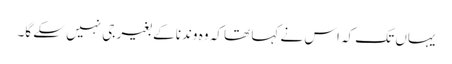
یہاں تک کہ اس نے کہا تھا کہ وہ وندنا کے بغیر جی نہیں سکے گا۔